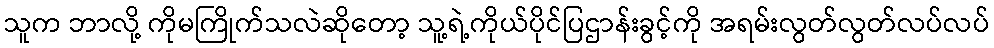
သူက ဘာလို့ ကိုမကြိုက်သလဲဆိုတော့ သူ့ရဲ့ကိုယ်ပိုင်ပြဌာန်းခွင့်ကို အရမ်းလွတ်လွတ်လပ်လပ်